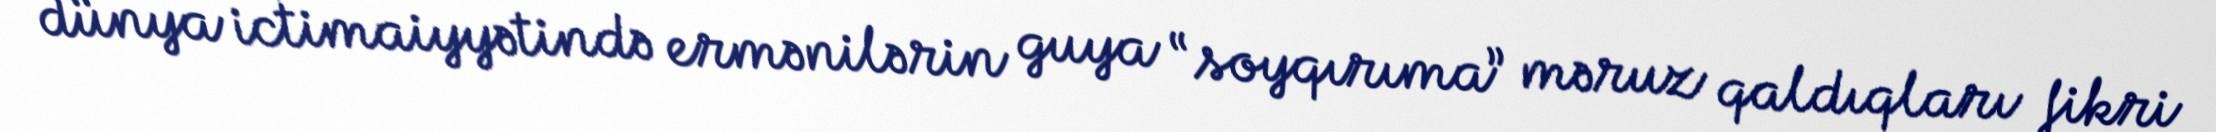
dünya ictimaiyyətində ermənilərin guya “soyqırıma” məruz qaldıqları fikri